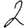
Digit: 2